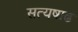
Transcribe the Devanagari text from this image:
सत्यषाढ